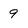
Character: 9